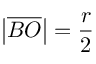
\left| { \overline { { B O } } } \right| = { \frac { r } { 2 } }